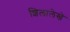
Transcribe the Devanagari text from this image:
शिलालेखे